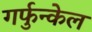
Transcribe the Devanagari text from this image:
गर्फुन्केल